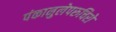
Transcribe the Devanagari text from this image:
पंकानुलेपरुचिरो